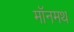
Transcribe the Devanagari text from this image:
मॉनमथ